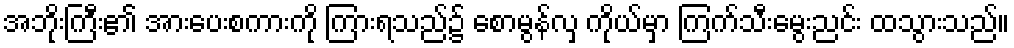
အဘိုးကြီး၏ အားပေးစကားကို ကြားရသည်၌ စောမွန်လှ ကိုယ်မှာ ကြက်သီးမွေးညင်း ထသွားသည်။